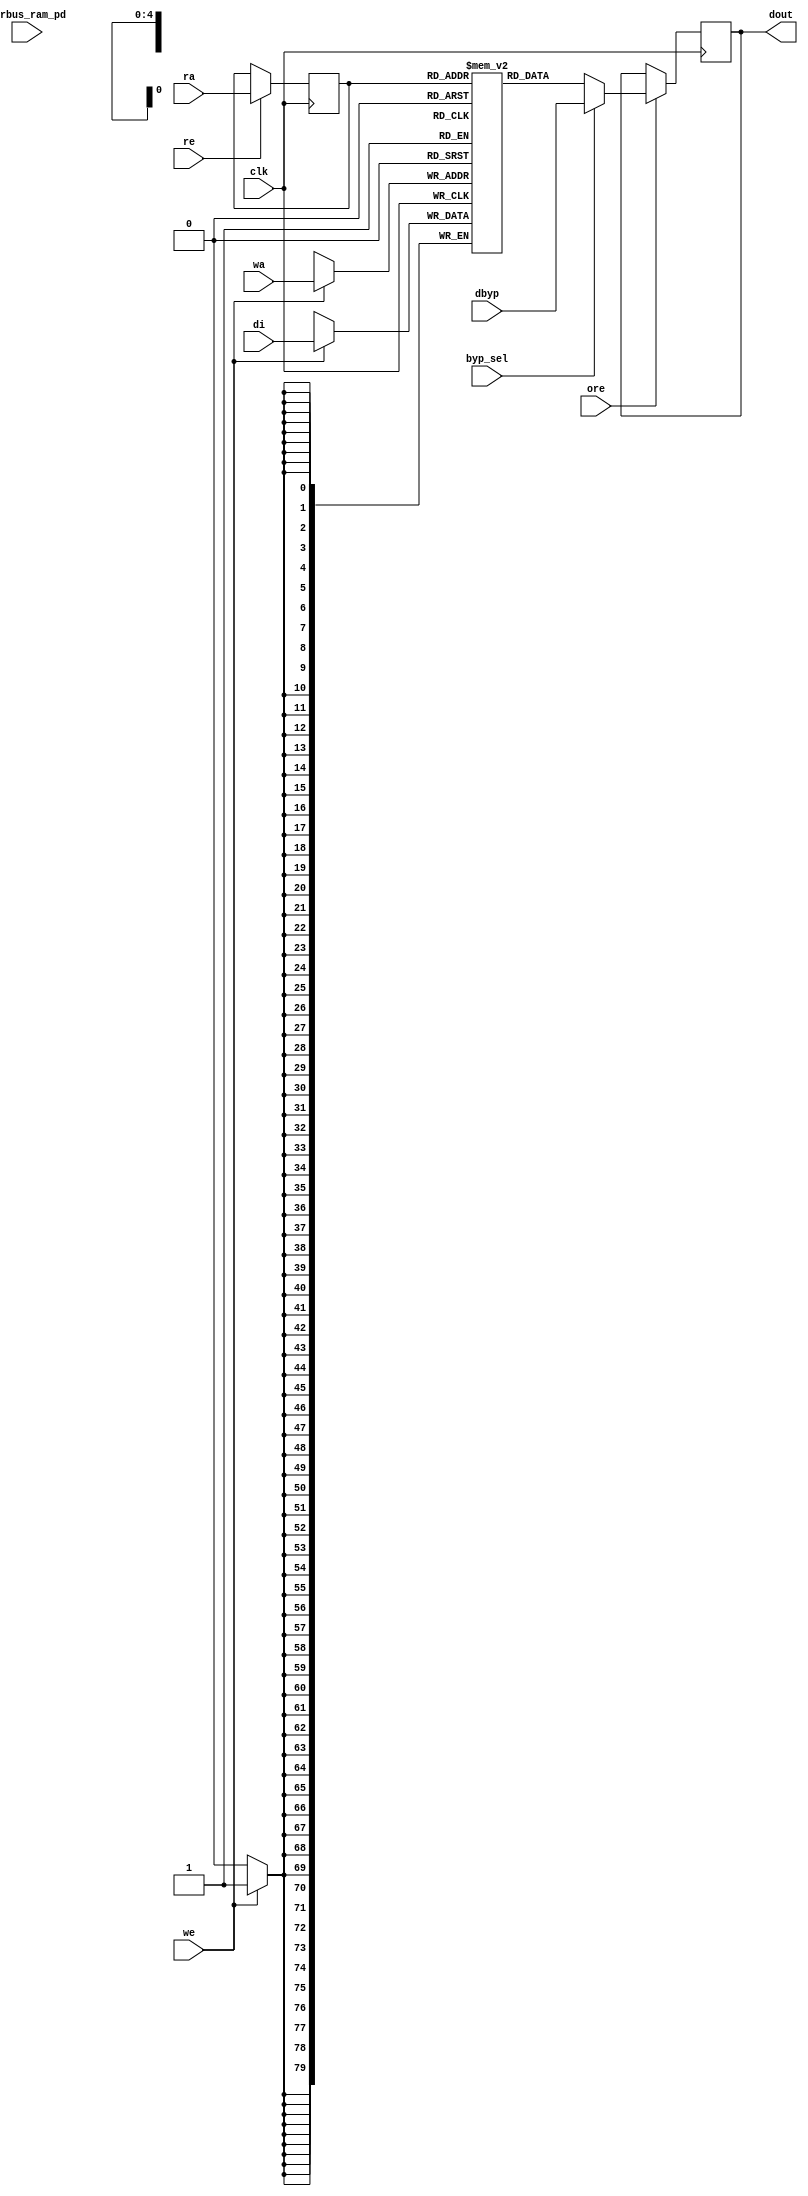
// ================================================================
// NVDLA Open Source Project
// 
// Copyright(c) 2016 - 2017 NVIDIA Corporation.  Licensed under the
// NVDLA Open Hardware License; Check "LICENSE" which comes with 
// this distribution for more information.
// ================================================================


module nv_ram_rwsthp_19x80 ( 
		clk,
		ra,
		re,
		ore,
		dout,
		wa,
		we,
		di,
		byp_sel,
		dbyp,
		pwrbus_ram_pd
);

parameter FORCE_CONTENTION_ASSERTION_RESET_ACTIVE=1'b0;

// port list
input			clk;
input	[4:0]	ra;
input			re;
input			ore;
output	[79:0]	dout;
input	[4:0]	wa;
input			we;
input	[79:0]	di;
input			byp_sel;
input	[79:0]	dbyp;
input	[31:0]	pwrbus_ram_pd;

//reg and wire list
reg		[4:0]	ra_d;
wire	[79:0]	dout;
reg		[79:0]	M	[18:0];

always @( posedge clk ) begin
    if (we)
       M[wa] <= di;
end
 
always @( posedge clk ) begin
    if (re) 
       ra_d <= ra;
end

wire	[79:0]	dout_ram = M[ra_d];

wire	[79:0]	fbypass_dout_ram = (byp_sel ? dbyp : dout_ram);

reg		[79:0]	dout_r;
always @( posedge clk ) begin
   if (ore)
       dout_r <= fbypass_dout_ram;
end

assign dout = dout_r;


endmodule